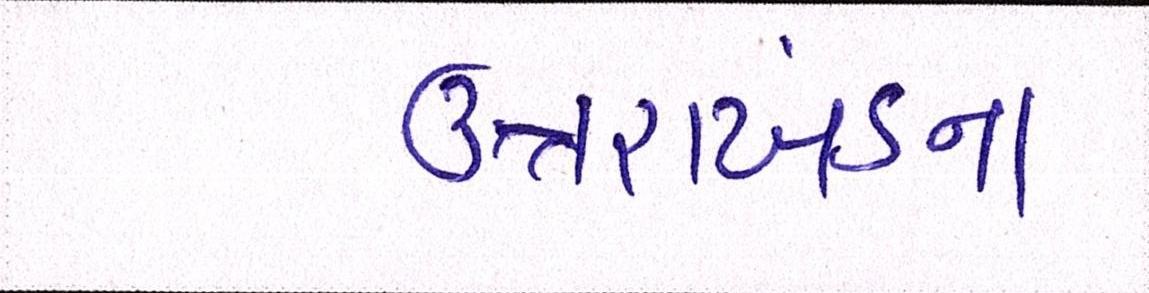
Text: ઉત્તરાખંડના